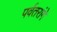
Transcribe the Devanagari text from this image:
पर्वतरांगे